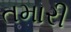
તમારી